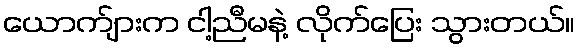
ယောက်ျားက ငါ့ညီမနဲ့ လိုက်ပြေး သွားတယ်။